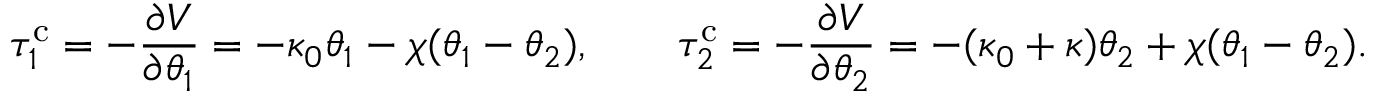
\tau _ { 1 } ^ { \mathrm { c } } = - \frac { \partial V } { \partial \theta _ { 1 } } = - \kappa _ { 0 } \theta _ { 1 } - \chi ( \theta _ { 1 } - \theta _ { 2 } ) , \qquad \tau _ { 2 } ^ { \mathrm { c } } = - \frac { \partial V } { \partial \theta _ { 2 } } = - ( \kappa _ { 0 } + \kappa ) \theta _ { 2 } + \chi ( \theta _ { 1 } - \theta _ { 2 } ) .